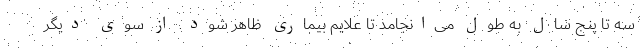
سه تا پنج سال به طول می‌انجامد تا علایم بیماری ظاهر شود. از سوی دیگر